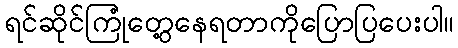
ရင်ဆိုင်ကြုံတွေ့နေရတာကိုပြောပြပေးပါ။